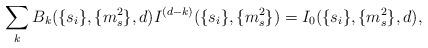
LaTeX: \begin{align*}\sum_{k} B_{k} (\{s_i\},\{m_s^2 \},d)I^{(d-k)}(\{s_i\},\{m_s^2 \})=I_0(\{s_i\},\{m_s^2 \},d),\end{align*}